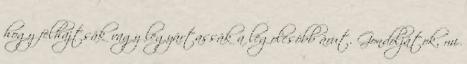
hogy felhajtsák vagy legyártassák a legolcsóbb árut. Gondoljátok, mi